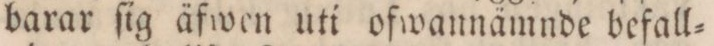
barar ſig äfwen uti ofwannämnde befall=